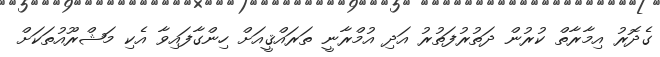
ގެދޮރު އިމާރާތް ކުރުން ދަތުރުފަތުރު އަދި އުމްރާނީ ތަރައްޤީއަށް ހިންގާފައިވާ އެކި މަޝްރޫއުތަކަށް